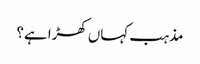
مذہب کہاں کھڑا ہے؟